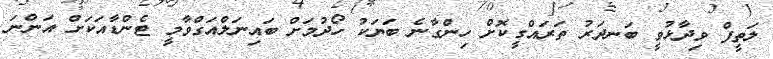
ލަތީފް ވިދާޅުވީ ބަނދަރު ތަރައްގީކޮށް ހިންގާނެ ބަޔަކު ހޯދުމަށް ބައިނަލްއަގްވާމީ ޓެންޑާއަކަށް އަންނަ